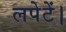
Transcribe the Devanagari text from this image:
लपेटें।